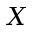
X